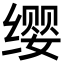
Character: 缨